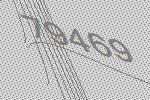
79469